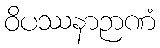
ဝိပဿနာဉာဏံ